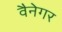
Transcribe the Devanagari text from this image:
वैनेगर